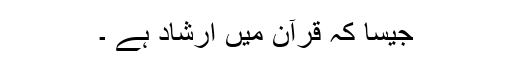
جیسا کہ قرآن میں ارشاد ہے ۔